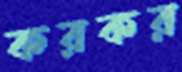
করকর